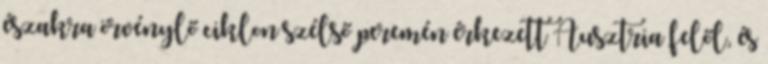
északra örvénylő ciklon szélső peremén érkezett Ausztria felől, és